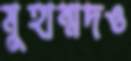
মুহাম্মদও